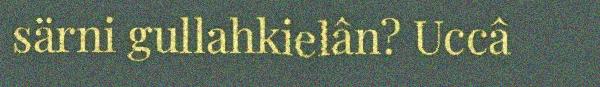
särni gullahkielân? Uccâ